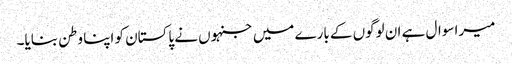
میرا سوال ہے ان لوگوں کے بارے میں جنہوں نے پاکستان کو اپنا وطن بنایا۔